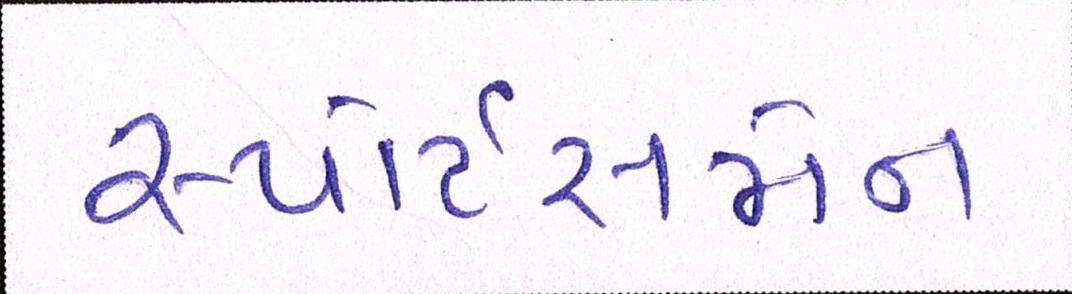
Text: સ્પોર્ટસમેન